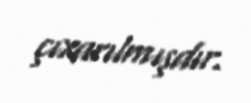
çıxarılmışdır.